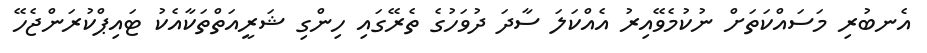
އެނބުރި މަސައްކަތަށް ނުކުމެވޭއިރު އެއްކަލަ ސާދަ ދުވަހުގެ ތެރޭގައި ހިންގި ޝަރީއަތްތަކާއެކު ޓައިޕްކުރަންޖެހޭ